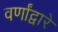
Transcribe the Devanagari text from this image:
वर्णांद्वारे